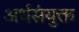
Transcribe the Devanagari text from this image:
अर्धसंयुक्त